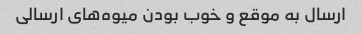
ارسال به موقع و خوب بودن میوه‌های ارسالی